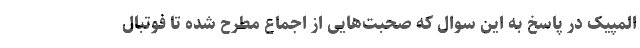
المپیک در پاسخ به این سوال که صحبت‌هایی از اجماع مطرح شده تا فوتبال